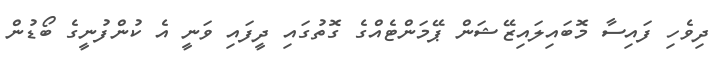
ދިވެހި ފައިސާ މޮބައިލައިޒޭޝަން ޕޭމަންޓެއްގެ ގޮތުގައި ދީފައި ވަނީ އެ ކުންފުނީގެ ބޯޑުން